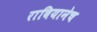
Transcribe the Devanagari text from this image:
राबियानेच